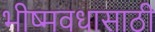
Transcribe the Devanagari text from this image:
भीष्मवधासाठी